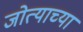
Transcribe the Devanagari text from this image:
जोत्याच्या